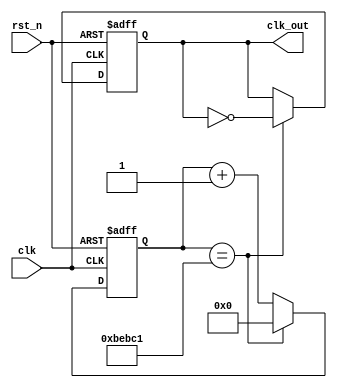
`timescale 1ns / 1ps

module clock_div_64Hz(   // 64Hz
    input clk,
    input rst_n,
    output reg clk_out
    );
    reg [25:0]cnt;
    parameter cnts = 1562500;
    always@(posedge clk,negedge rst_n)
    begin
        if(~rst_n)
        begin
            cnt <= 0;
            clk_out <= 0;
        end
        else if(cnt == (cnts>>1)-1)
        begin
            cnt <= 0;
            clk_out <= ~clk_out;
        end
        else
            cnt <= cnt + 1;
    end
endmodule